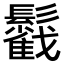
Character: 𩯰